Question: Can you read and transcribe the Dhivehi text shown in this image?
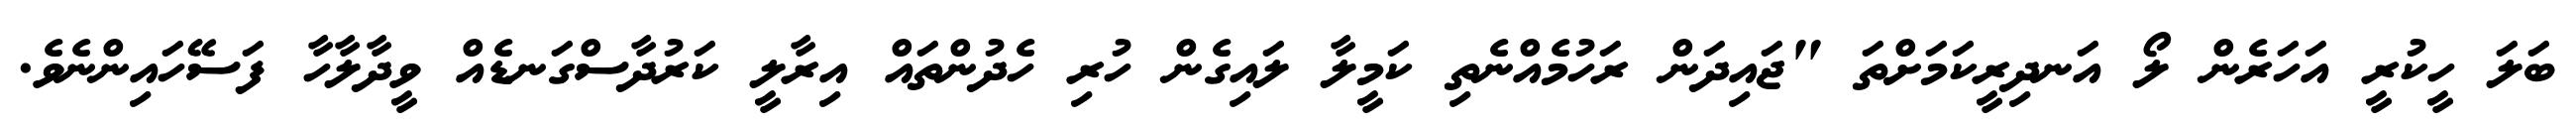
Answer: ބަލަ ހީކުރީ އަހަރެން ލޯ އަނދިރީކަމަށްތަ "ޖައިދަން ރަހުމެއްނެތި ކަމީލާ ލައިގެން ހުރި ހެދުންތައް އިރާލީ ކަރުދާސްގަނޑެއް ވީދާލާހާ ފަސޭހައިންނެވެ.